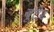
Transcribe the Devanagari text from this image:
बूटेर